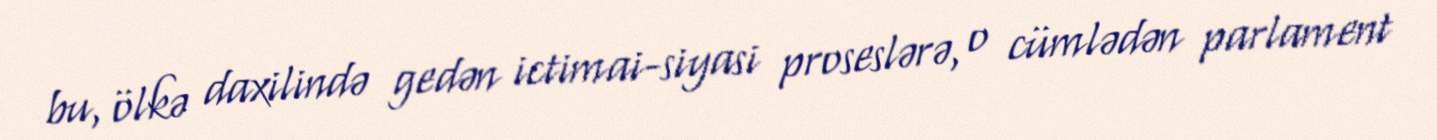
bu, ölkə daxilində gedən ictimai-siyasi proseslərə, o cümlədən parlament